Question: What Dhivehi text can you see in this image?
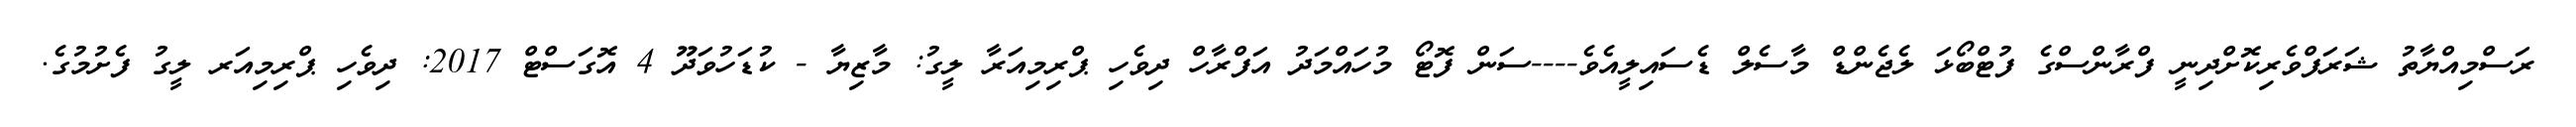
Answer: ރަސްމިއްޔާތު ޝަރަފްވެރިކޮށްދިނީ ފްރާންސްގެ ފުޓްބޯޅަ ލެޖެންޑް މާސެލް ޑެސައިލީއެވެ----ސަން ފޮޓޯ މުހައްމަދު އަފްރާހް ދިވެހި ޕްރިމިއަރާ ލީގު: މާޒިޔާ - ކުޑަހުވަދޫ 4 އޮގަސްޓް 2017: ދިވެހި ޕްރިމިއަރ ލީގު ފެށުމުގެ.